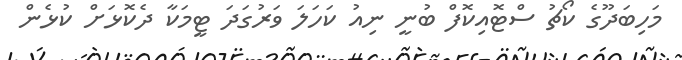
މަހިބަދޫގެ ކޯޗު ސްޓޮއިކޮފް ބުނީ ނިއު ކަހަލަ ވަރުގަދަ ޓީމަކާ ދެކޮޅަށް ކުޅެން